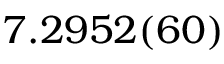
7 . 2 9 5 2 ( 6 0 )